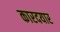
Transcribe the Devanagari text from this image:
कारदयार